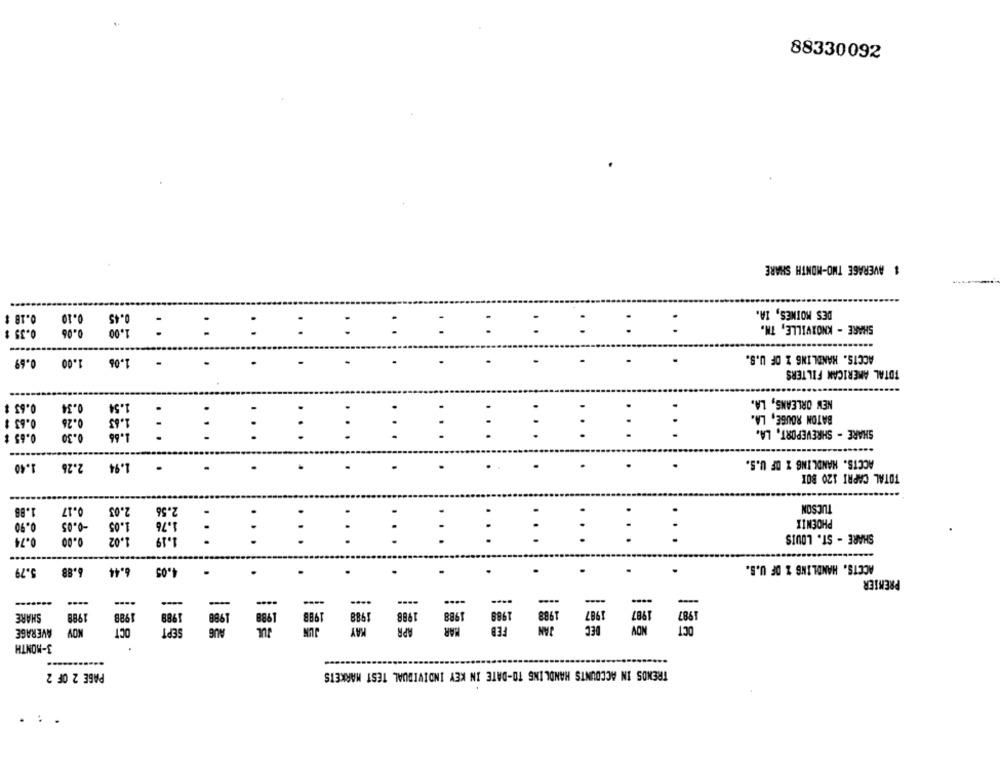
88330092
1 AVERAGE TWO-MONTH SHARE
DES MOINES, 1A.
0.18 $
0.10
0.45
:
0.06
1.00
SHARE - KNOXVILLE, TH.
0.35 $
1.00
1.06
ACCTS. HANDLING Z OF U.S.
0.69
TOTAL AMERICAN FILTERS
0.63 $
0.34
1.54
NEW ORLEANS, LA.
1.63
:
0.63 $
0.26
BATON ROUGE, LA.
SHARE - SHREVEPORT, LA.
0.65 $
0.30
...
ACCTS. HANDLING Z OF U.S.
1.40
2.26
1.94
.
.
TOTAL CAPRI 120 BOX
TUCSON
1.88
0.17
2.03
2.56
:
:
:
:
:
:
:
:
:
1.05
1.76
PHOENIX
0.90
-0.05
1.02
1.19
..
SHARE - ST. LOUIS
0.74
0.00
ACCTS. HANDLING Z DF U.S.
5.79
6.88
6.44
4.05
.
.
.
.
.
.
PREMIER
----
-
....
---
-
1988
1988
1988
1988
988
1987
1987
1987
SHARE
1988
1988
1988
1988
1988
1988
SEPT
JUL
KAY
HAR
FEB
JAN
DEC
NOV
OCT
AVERAGE
KOV
OCT
JUN
APR
3-MONTH
TRENDS IN ACCOUNTS HANDLING TO-DATE IN KEY INDIVIDUAL TEST MARKETS
PAGE 2 OF 2
.: